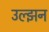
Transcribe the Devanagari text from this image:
उल्झन